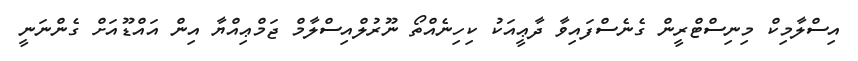
އިސްލާމިކް މިނިސްޓްރީން ގެނެސްފައިވާ ދާޢީއަކު ކިހިނެއްތޯ ނޫރުލްއިސްލާމް ޖަމްޢިއްޔާ އިން އައްޑޫއަށް ގެންނަނީ